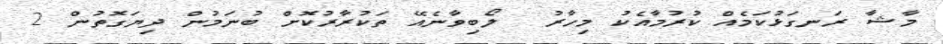
މާޝާ ރަނގަޅުކަމެއް ކުރުމާއެކު މިހާރު  ލޯބިވާނެއޭ ތަކުރާރުކޮށް ބުނަމުން ދިޔަގޮތުން 2